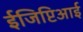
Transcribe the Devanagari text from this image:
ईजिप्टिआई